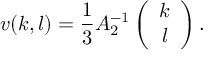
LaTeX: v ( k , l ) = \frac { 1 } { 3 } A _ { 2 } ^ { - 1 } \left( \begin{array} { c } { { k } } \\ { { l } } \end{array} \right) .